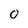
Character: O